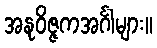
အနုဝိဇ္ဇကအင်္ဂါများ။